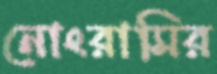
নোংরামির